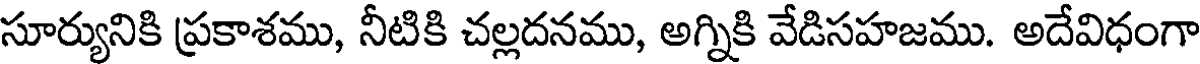
సూర్యునికి ప్రకాశము, నీటికి చల్లదనము, అగ్నికి వేడిసహజము. అదేవిధంగా